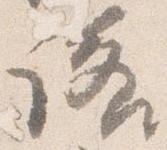
諾